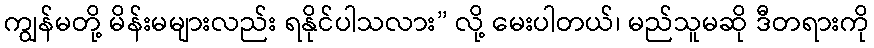
ကျွန်မတို့ မိန်းမများလည်း ရနိုင်ပါသလား” လို့ မေးပါတယ်၊ မည်သူမဆို ဒီတရားကို